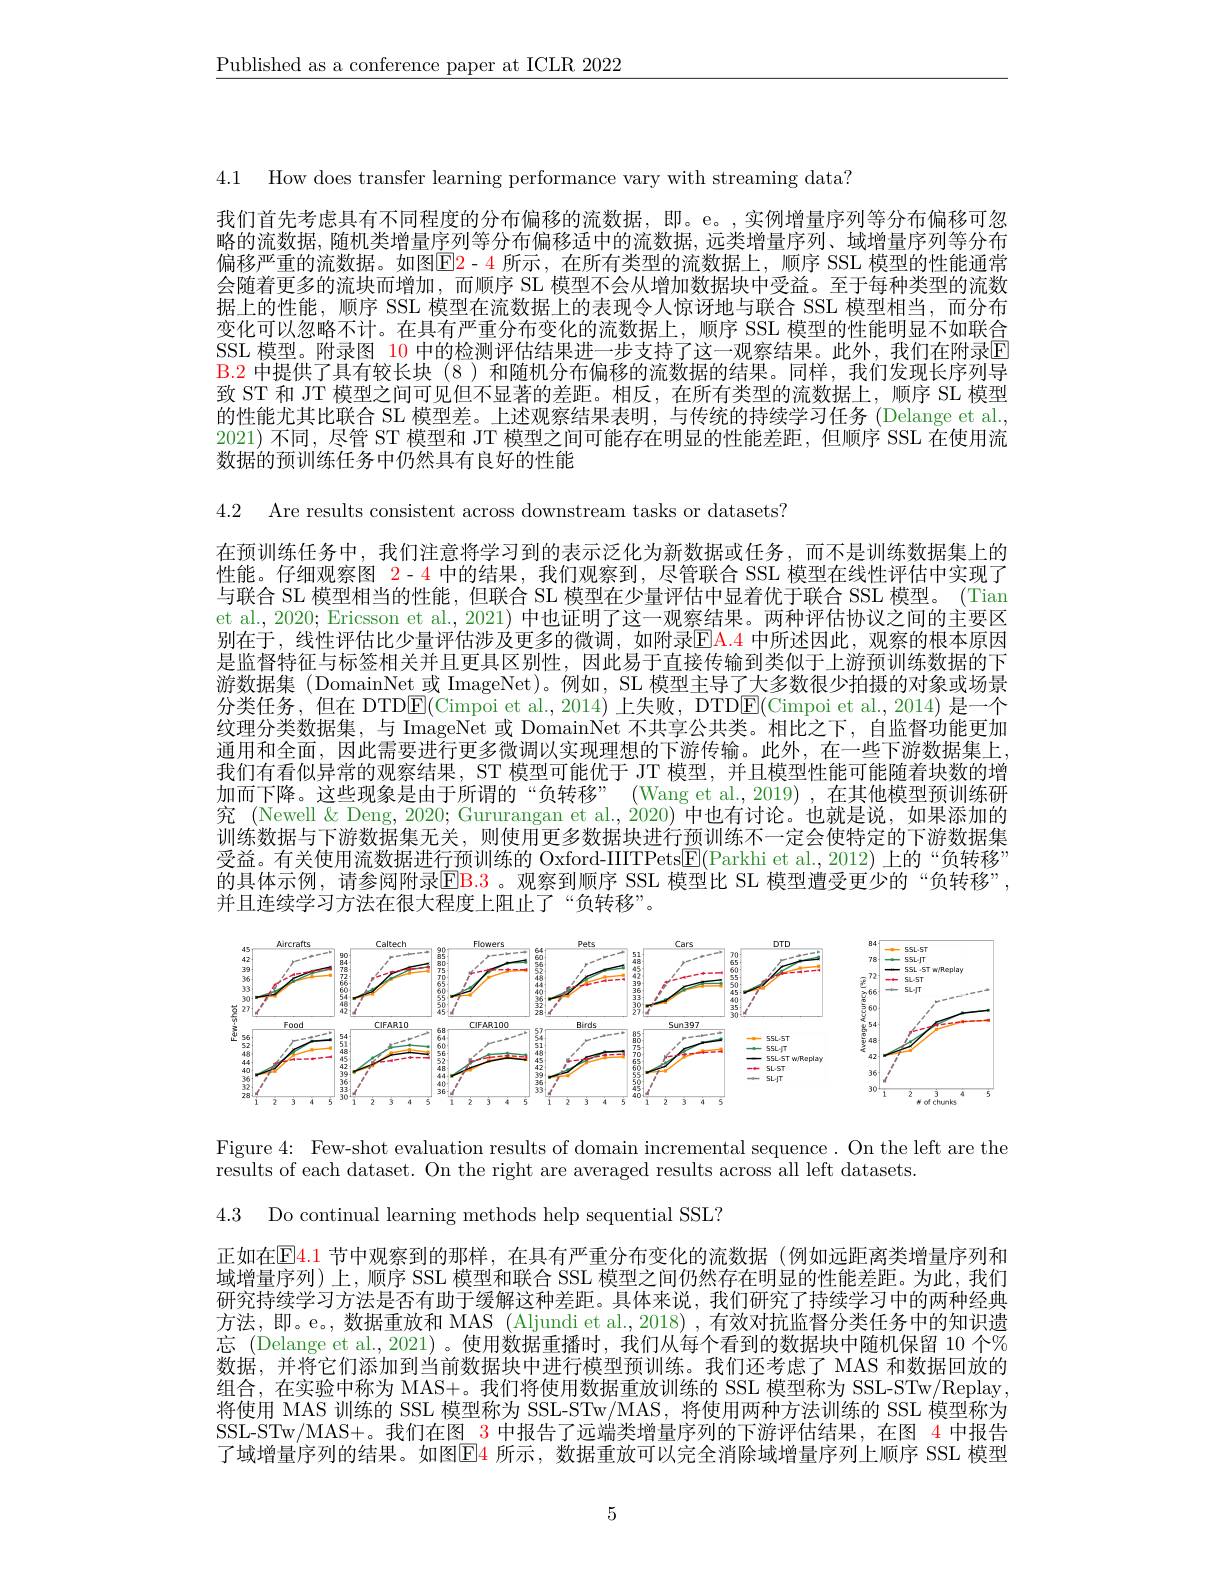
$\underline{\text{Published as a conference paper at ICLR 2022}}$

4.1 How does transfer learning performance vary with streaming data?

我们首先考虑具有不同程度的分布偏移的流数据，即。e。,实例增量序列等分布偏移可忽略的流数据，随机类增量序列等分布偏移适中的流数据，远类增量序列、域增量序列等分布偏移严重的流数据。如图$\color{red}{\boxed{\mathrm{E}}2}$-4 所示，在所有类型的流数据上，顺序 SSL 模型的性能通常会随着更多的流块而增加，而顺序 SL 模型不会从增加数据块中受益。至于每种类型的流数据上的性能，顺序 SSL 模型在流数据上的表现令人惊讶地与联合 SSL 模型相当，而分布变化可以忽略不计。在具有严重分布变化的流数据上，顺序 SSL 模型的性能明显不如联合SSL 模型。附录图 $\color{red}{10}$ 中的检测评估结果进一步支持了这一观察结果。此外，我们在附录$\color{red}{\boxed{10}}$ B.2 中提供了具有较长块(8)和随机分布偏移的流数据的结果。同样，我们发现长序列导致 ST 和 JT 模型之间可见但不显著的差距。相反，在所有类型的流数据上，顺序 SL 模型的性能尤其比联合 SL 模型差。上述观察结果表明，与传统的持续学习任务 (Delange et al. 2021) 不同，尽管 ST 模型和 JT 模型之间可能存在明显的性能差距，但顺序 SSL 在使用流数据的预训练任务中仍然具有良好的性能

4.2 Are results consistent across downstream tasks or datasets?

在预训练任务中，我们注意将学习到的表示泛化为新数据或任务，而不是训练数据集上的性能。仔细观察图$\color{red}{2-4\text{ 中的结果，我们观察到，尽管联合 SSL 模型在线性评估中实现了}}$ 与联合 SL 模型相当的性能，但联合 SL 模型在少量评估中显着优于联合 SSL 模型。(Tian et al., 2020; Ericsson et al., 2021) 中也证明了这一观察结果。两种评估协议之间的主要区别在于，线性评估比少量评估涉及更多的微调，如附录$\color{red}{\mathrm{EA.4}}$ 中所述因此，观察的根本原因是监督特征与标签相关并且更具区别性，因此易于直接传输到类似于上游预训练数据的下游数据集 (DomainNet 或 ImageNet)。例如，SL 模型主导了大多数很少拍摄的对象或场景分类任务，但在 DTD$\mathsf{E}($Cimpoi et al.,2014) 上失败，DTD$\mathsf{E}($Cimpoi et al.,2014) 是一个纹理分类数据集，与 ImageNet 或 DomainNet 不共享公共类。相比之下，自监督功能更加通用和全面，因此需要进行更多微调以实现理想的下游传输。此外，在一些下游数据集上， 我们有看似异常的观察结果，ST 模型可能优于 JT 模型，并且模型性能可能随着块数的增加而下降。这些现象是由于所谓的“负转移”(Wang et al., 2019) ,在其他模型预训练研究 (Newell&Deng,2020; Gururangan et al.,2020)中也有讨论。也就是说，如果添加的训练数据与下游数据集无关，则使用更多数据块进行预训练不一定会使特定的下游数据集受益。有关使用流数据进行预训练的 Oxford-IIITPets$\overline{\mathrm{E}}($Parkhi et al.,2012) 上的“负转移” 的具体示例，请参阅附录$\color{red}{\mathrm{EB.3~。观察到顺序~SSL~模型比~SL~模型遭受更少的“负转移”}}$ 并且连续学习方法在很大程度上阻止了“负转移”。

<FigureHere>

Figure 4: Few-shot evaluation results of domain incremental sequence. On the left are the
results of each dataset. On the right are averaged results across all left datasets.
4.3 Do continual learning methods help sequential SSL?

正如在$\boxed{\mathrm{E}}\color{red}{4.1}$ 节中观察到的那样，在具有严重分布变化的流数据 (例如远距离类增量序列和域增量序列)上，顺序 SSL 模型和联合 SSL 模型之间仍然存在明显的性能差距。为此，我们研究持续学习方法是否有助于缓解这种差距。具体来说，我们研究了持续学习中的两种经典方法，即。e。,数据重放和 MAS (Aljundi et al., 2018) , 有效对抗监督分类任务中的知识遗忘 (Delange et al.,2021)。使用数据重播时，我们从每个看到的数据块中随机保留 10 个% 数据，并将它们添加到当前数据块中进行模型预训练。我们还考虑了 MAS 和数据回放的组合，在实验中称为 MAS+。我们将使用数据重放训练的 SSL 模型称为 SSL-STw/Replay , 将使用 MAS 训练的 SSL 模型称为 SSL-STw/MAS, 将使用两种方法训练的 SSL 模型称为SSL-STw/MAS+。我们在图 3 中报告了远端类增量序列的下游评估结果，在图 4 中报告了域增量序列的结果。如图$\color{red}{\color{red}{E}4\text{ 所示，数据重放可以完全消除域增量序列上顺序 SSL 模型}}$

5